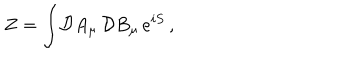
Z = \int \! { \cal D } A _ { \mu } \, { \cal D } B _ { \mu } \, e ^ { i S } \, ,